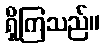
ရှိကြသည်။